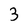
Character: 3